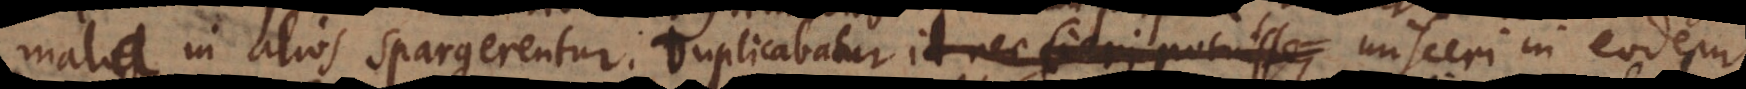
mala in alios spargerentur. Duplicabatur id nec fieri potuisse, misceri in eodem